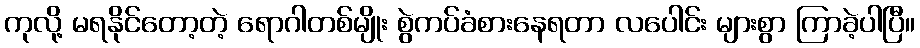
ကုလို့ မရနိုင်တော့တဲ့ ရောဂါတစ်မျိုး စွဲကပ်ခံစားနေရတာ လပေါင်း များစွာ ကြာခဲ့ပါပြီ။